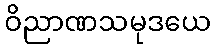
ဝိညာဏသမုဒယေ